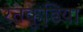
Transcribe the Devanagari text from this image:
रतकुडि़या